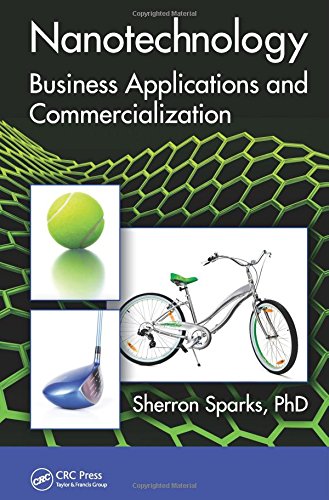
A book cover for Nanotechnology: Business Applications and Commercialization (Nano and Energy); Sherron Sparks; Business & Money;